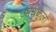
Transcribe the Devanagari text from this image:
अधिकुलों